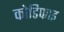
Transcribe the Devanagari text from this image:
कोडिफाइ